Report on vaccination in Madras 1877-1894 - 1877-1894
Year: 1877
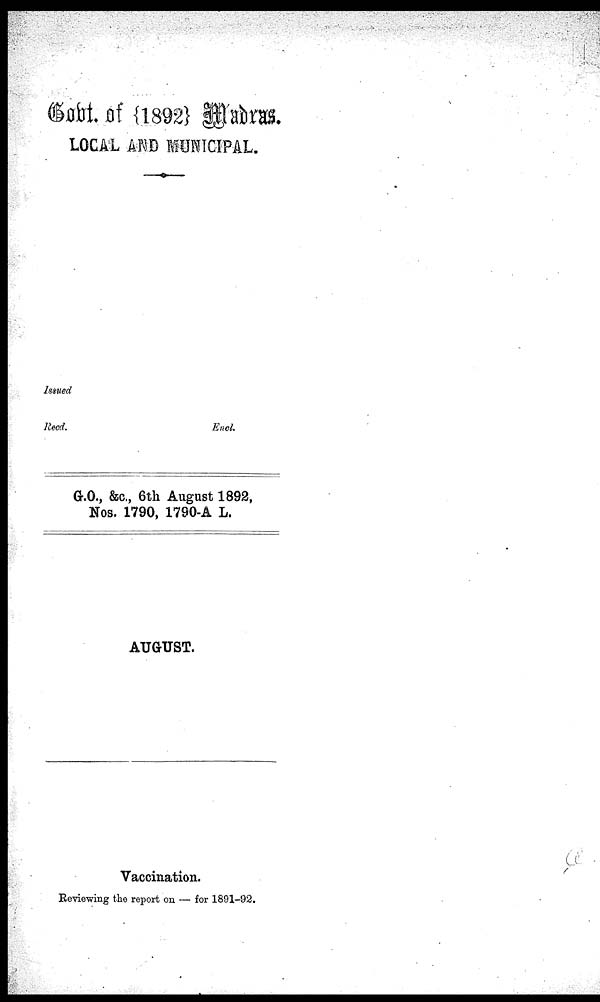
Govt of
{1892} Madras.
LOCAL AND MUNICIPAL.
Issued
Read. Encl.
G.O., &c., 6th August 1892,
Nos. 1790, 1790-A L.
AUGUST.
Vaccination.
Reviewing the report on — for 1891-92.